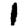
Digit: 1